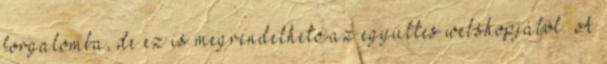
forgalomba, de ez is megrendelhető az együttes webshopjából. A